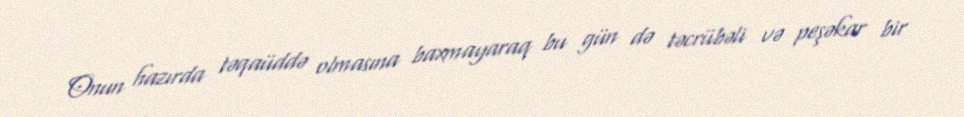
Onun hazırda təqaüddə olmasına baxmayaraq bu gün də təcrübəli və peşəkar bir